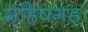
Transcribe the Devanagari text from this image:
महिषगड